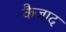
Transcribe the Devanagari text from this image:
कैजाद